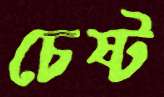
চেষ্ট